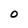
Character: O